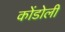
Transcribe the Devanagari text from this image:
कोंडोली